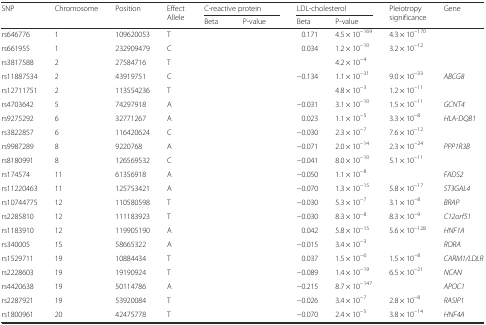
<table><thead><tr><td rowspan="2"><b>SNP</b></td><td rowspan="2"><b>Chromosome</b></td><td rowspan="2"><b>Position</b></td><td rowspan="2"><b>Effect Allele</b></td><td colspan="2"><b>C-reactive protein</b></td><td colspan="2"><b>LDL-cholesterol</b></td><td rowspan="2"><b>Pleiotropy significance</b></td><td rowspan="2"><b>Gene</b></td></tr><tr><td><b>Beta</b></td><td><b>P-value</b></td><td><b>Beta</b></td><td><b>P-value</b></td></tr></thead><tbody><tr><td>rs646776</td><td>1</td><td>109620053</td><td>T</td><td>[EMPTY_CELL]</td><td>[EMPTY_CELL]</td><td>0.171</td><td>4.5 × 10<sup>−169</sup></td><td>4.3 × 10<sup>−170</sup></td><td>[EMPTY_CELL]</td></tr><tr><td>rs661955</td><td>1</td><td>232909479</td><td>C</td><td>[EMPTY_CELL]</td><td>[EMPTY_CELL]</td><td>0.034</td><td>1.2 × 10<sup>−10</sup></td><td>3.2 × 10<sup>−12</sup></td><td>[EMPTY_CELL]</td></tr><tr><td>rs3817588</td><td>2</td><td>27584716</td><td>T</td><td>[EMPTY_CELL]</td><td>[EMPTY_CELL]</td><td>[EMPTY_CELL]</td><td>4.2 × 10<sup>−4</sup></td><td>[EMPTY_CELL]</td><td>[EMPTY_CELL]</td></tr><tr><td>rs11887534</td><td>2</td><td>43919751</td><td>C</td><td>[EMPTY_CELL]</td><td>[EMPTY_CELL]</td><td>−0.134</td><td>1.1 × 10<sup>−31</sup></td><td>9.0 × 10<sup>−33</sup></td><td><i>ABCG8</i></td></tr><tr><td>rs12711751</td><td>2</td><td>113554236</td><td>T</td><td>[EMPTY_CELL]</td><td>[EMPTY_CELL]</td><td>[EMPTY_CELL]</td><td>4.8 × 10<sup>−3</sup></td><td>1.2 × 10<sup>−11</sup></td><td>[EMPTY_CELL]</td></tr><tr><td>rs4703642</td><td>5</td><td>74297918</td><td>A</td><td>[EMPTY_CELL]</td><td>[EMPTY_CELL]</td><td>−0.031</td><td>3.1 × 10<sup>−10</sup></td><td>1.5 × 10<sup>−11</sup></td><td><i>GCNT4</i></td></tr><tr><td>rs9275292</td><td>6</td><td>32771267</td><td>A</td><td>[EMPTY_CELL]</td><td>[EMPTY_CELL]</td><td>0.023</td><td>1.1 × 10<sup>−5</sup></td><td>3.3 × 10<sup>−8</sup></td><td><i>HLA-DQB1</i></td></tr><tr><td>rs3822857</td><td>6</td><td>116420624</td><td>C</td><td>[EMPTY_CELL]</td><td>[EMPTY_CELL]</td><td>−0.030</td><td>2.3 × 10<sup>−7</sup></td><td>7.6 × 10<sup>−12</sup></td><td>[EMPTY_CELL]</td></tr><tr><td>rs9987289</td><td>8</td><td>9220768</td><td>A</td><td>[EMPTY_CELL]</td><td>[EMPTY_CELL]</td><td>−0.071</td><td>2.0 × 10<sup>−14</sup></td><td>2.3 × 10<sup>−24</sup></td><td><i>PPP1R3B</i></td></tr><tr><td>rs8180991</td><td>8</td><td>126569532</td><td>C</td><td>[EMPTY_CELL]</td><td>[EMPTY_CELL]</td><td>−0.041</td><td>8.0 × 10<sup>−10</sup></td><td>5.1 × 10<sup>−11</sup></td><td>[EMPTY_CELL]</td></tr><tr><td>rs174574</td><td>11</td><td>61356918</td><td>A</td><td>[EMPTY_CELL]</td><td>[EMPTY_CELL]</td><td>−0.050</td><td>1.1 × 10<sup>−8</sup></td><td>[EMPTY_CELL]</td><td><i>FADS2</i></td></tr><tr><td>rs11220463</td><td>11</td><td>125753421</td><td>A</td><td>[EMPTY_CELL]</td><td>[EMPTY_CELL]</td><td>−0.070</td><td>1.3 × 10<sup>−15</sup></td><td>5.8 × 10<sup>−17</sup></td><td><i>ST3GAL4</i></td></tr><tr><td>rs10744775</td><td>12</td><td>110580598</td><td>T</td><td>[EMPTY_CELL]</td><td>[EMPTY_CELL]</td><td>−0.030</td><td>5.3 × 10<sup>−7</sup></td><td>3.1 × 10<sup>−8</sup></td><td><i>BRAP</i></td></tr><tr><td>rs2285810</td><td>12</td><td>111183923</td><td>T</td><td>[EMPTY_CELL]</td><td>[EMPTY_CELL]</td><td>−0.030</td><td>8.3 × 10<sup>−8</sup></td><td>8.3 × 10<sup>−9</sup></td><td><i>C12orf51</i></td></tr><tr><td>rs1183910</td><td>12</td><td>119905190</td><td>A</td><td>[EMPTY_CELL]</td><td>[EMPTY_CELL]</td><td>0.042</td><td>5.8 × 10<sup>−15</sup></td><td>5.6 × 10<sup>−128</sup></td><td><i>HNF1A</i></td></tr><tr><td>rs340005</td><td>15</td><td>58665322</td><td>A</td><td>[EMPTY_CELL]</td><td>[EMPTY_CELL]</td><td>−0.015</td><td>3.4 × 10<sup>−3</sup></td><td>[EMPTY_CELL]</td><td><i>RORA</i></td></tr><tr><td>rs1529711</td><td>19</td><td>10884434</td><td>T</td><td>[EMPTY_CELL]</td><td>[EMPTY_CELL]</td><td>0.037</td><td>1.5 × 10<sup>−6</sup></td><td>1.5 × 10<sup>−8</sup></td><td><i>CARM1/LDLR</i></td></tr><tr><td>rs2228603</td><td>19</td><td>19190924</td><td>T</td><td>[EMPTY_CELL]</td><td>[EMPTY_CELL]</td><td>−0.089</td><td>1.4 × 10<sup>−19</sup></td><td>6.5 × 10<sup>−21</sup></td><td><i>NCAN</i></td></tr><tr><td>rs4420638</td><td>19</td><td>50114786</td><td>A</td><td>[EMPTY_CELL]</td><td>[EMPTY_CELL]</td><td>−0.215</td><td>8.7 × 10<sup>−147</sup></td><td>[EMPTY_CELL]</td><td><i>APOC1</i></td></tr><tr><td>rs2287921</td><td>19</td><td>53920084</td><td>T</td><td>[EMPTY_CELL]</td><td>[EMPTY_CELL]</td><td>−0.026</td><td>3.4 × 10<sup>−7</sup></td><td>2.8 × 10<sup>−8</sup></td><td><i>RASIP1</i></td></tr><tr><td>rs1800961</td><td>20</td><td>42475778</td><td>T</td><td>[EMPTY_CELL]</td><td>[EMPTY_CELL]</td><td>−0.070</td><td>2.4 × 10<sup>−5</sup></td><td>3.8 × 10<sup>−14</sup></td><td><i>HNF4A</i></td></tr></tbody></table>